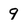
Character: 9